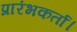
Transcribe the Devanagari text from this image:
प्रारंभकर्ता।